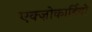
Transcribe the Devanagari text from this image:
एक्ज़ोकार्डियो